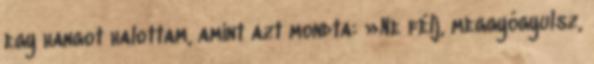
egy hangot halottam, amint azt mondta: »Ne félj, meggyógyulsz,